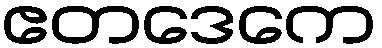
ဧတဒေကေ